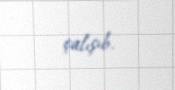
çalışıb.